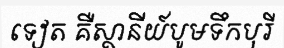
ទៀត គឺស្ថានីយ៍បូមទឹកបុរី